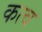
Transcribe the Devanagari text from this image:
कत्व